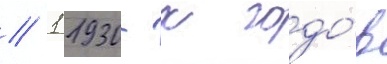
// 1 1930-х годо́в